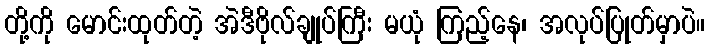
တို့ကို မောင်းထုတ်တဲ့ အဲဒီဗိုလ်ချုပ်ကြီး မယုံ ကြည့်နေ၊ အလုပ်ပြုတ်မှာပဲ။